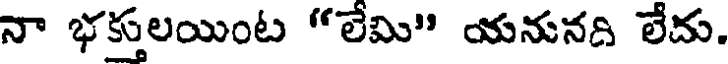
నా భక్తులయింట "లేమి" యనునది లేదు.